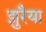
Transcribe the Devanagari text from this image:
झुरैया